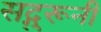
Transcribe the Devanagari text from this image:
सद्गुरूनी